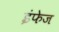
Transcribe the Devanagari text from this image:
इंफेज